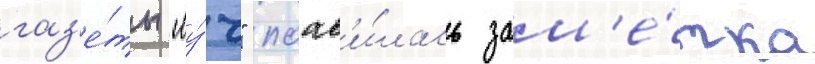
газ'е́ты "лу́ч" поав'и́лась зам'е́тка